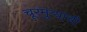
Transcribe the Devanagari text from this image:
चूरमुऱ्याची